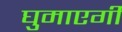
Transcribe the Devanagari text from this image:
घुमाएगी